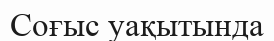
Соғыс уақытында